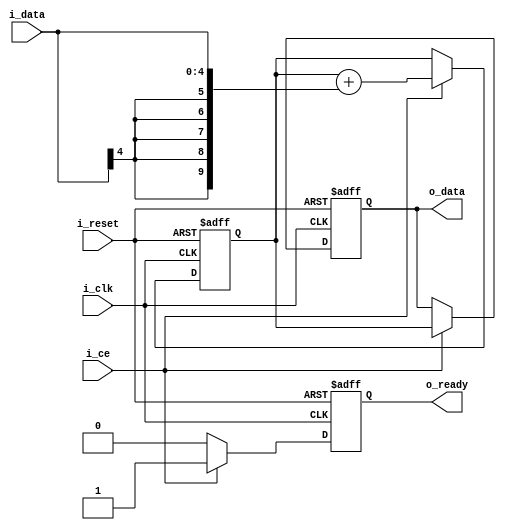
module integrator(
    input wire              i_clk,
    input wire              i_reset,
    input wire              i_ce,
    input wire signed [IW-1:0] i_data,
    output reg signed [OW-1:0] o_data,
    output reg              o_ready
);

parameter IW = 5, OW = 10;

reg signed [OW-1:0] accumulator = {OW{1'b0}};

always @(posedge i_clk or posedge i_reset) begin
    if (i_reset) begin
        accumulator <= {OW{1'b0}};
        o_data <= {OW{1'b0}};
        o_ready <= 1'b0;
    end else if (i_ce) begin
        accumulator <= accumulator + {{(OW-IW){i_data[IW-1]}}, i_data};  // Sign extend and accumulate
        o_data <= accumulator;
        o_ready <= 1'b1;
    end else begin
        o_ready <= 1'b0;  // Maintain previous output data unless reset or clock enabled
    end
end


endmodule